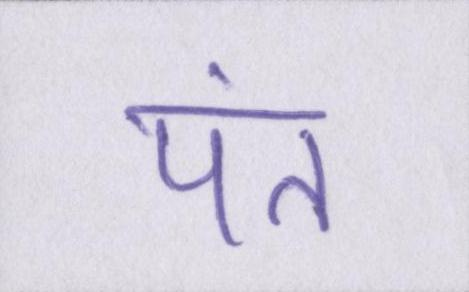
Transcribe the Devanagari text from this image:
पंत